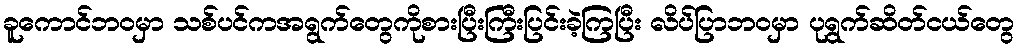
ခူကောင်ဘဝမှာ သစ်ပင်ကအရွက်တွေကိုစားပြီးကြီးပြင်းခဲ့ကြပြီး လိပ်ပြာဘဝမှာ ပုရွက်ဆိတ်ငယ်တွေ